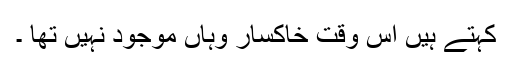
کہتے ہیں اس وقت خاکسار وہاں موجود نہیں تھا ۔